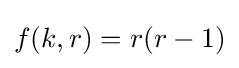
f(k,r)=r(r-1)